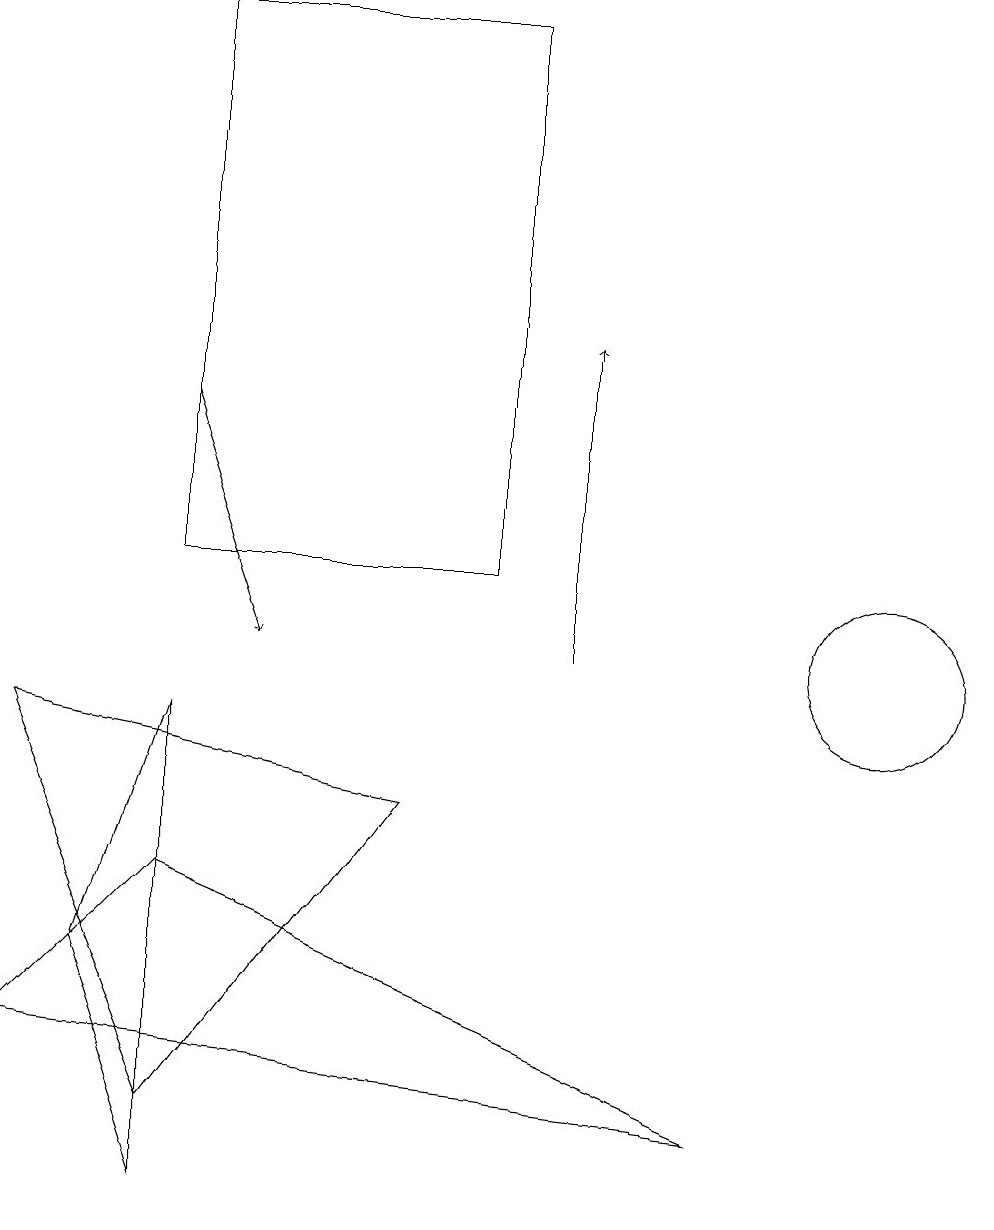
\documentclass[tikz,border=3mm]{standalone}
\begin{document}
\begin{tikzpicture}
\draw (11,10) circle (1);
\draw (0,5) -- (2,7) -- (9,4) -- cycle;
\draw[->] (2,13) -- (3,10);
\draw (0,9) -- (2,4) -- (5,8) -- cycle;
\draw (2,3) -- (2,9) -- (1,6) -- cycle;
\draw (12,11) circle (0);
\draw[->] (7,10) -- (7,14);
\draw (2,11) rectangle (6,18);
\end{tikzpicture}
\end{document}